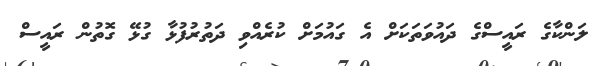
ލަންކާގެ ރައީސްގެ ދައުވަތަކަށް އެ ގައުމަށް ކުރެއްވި ދަތުރުފުޅާ ގުޅޭ ގޮތުން ރައީސް